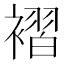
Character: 褶